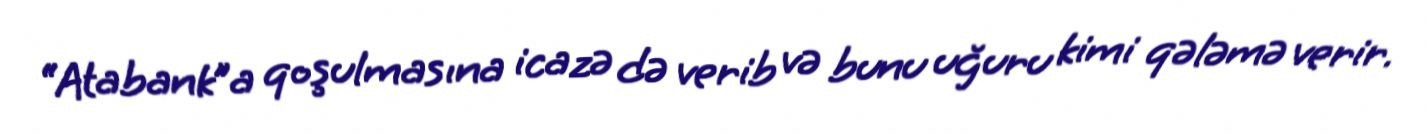
“Atabank”a qoşulmasına icazə də verib və bunu uğuru kimi qələmə verir.